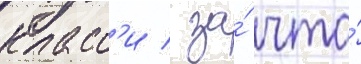
класс'и / за́ что́